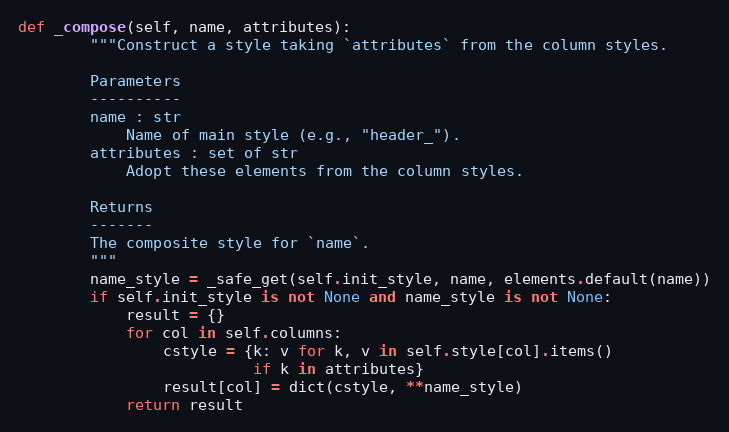
Language: Python
def _compose(self, name, attributes):
        """Construct a style taking `attributes` from the column styles.

        Parameters
        ----------
        name : str
            Name of main style (e.g., "header_").
        attributes : set of str
            Adopt these elements from the column styles.

        Returns
        -------
        The composite style for `name`.
        """
        name_style = _safe_get(self.init_style, name, elements.default(name))
        if self.init_style is not None and name_style is not None:
            result = {}
            for col in self.columns:
                cstyle = {k: v for k, v in self.style[col].items()
                          if k in attributes}
                result[col] = dict(cstyle, **name_style)
            return result